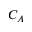
C _ { A }